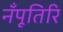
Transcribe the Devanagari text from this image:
नँपूतिरि